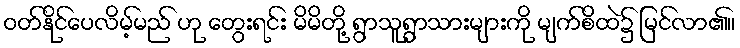
ဝတ်နိုင်ပေလိမ့်မည် ဟု တွေးရင်း မိမိတို့ ရွာသူရွာသားများကို မျက်စိထဲ၌ မြင်လာ၏။